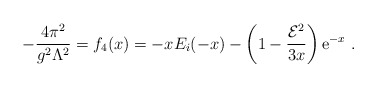
\begin{align*}-{4\pi^{2}\over g^{2}\Lambda^{2}}=f_{4}(x)=-xE_{i}(-x)-\left(1-{{\cal E}^{2}\over3x}\right){\mathrm e}^{-x}\ .\end{align*}